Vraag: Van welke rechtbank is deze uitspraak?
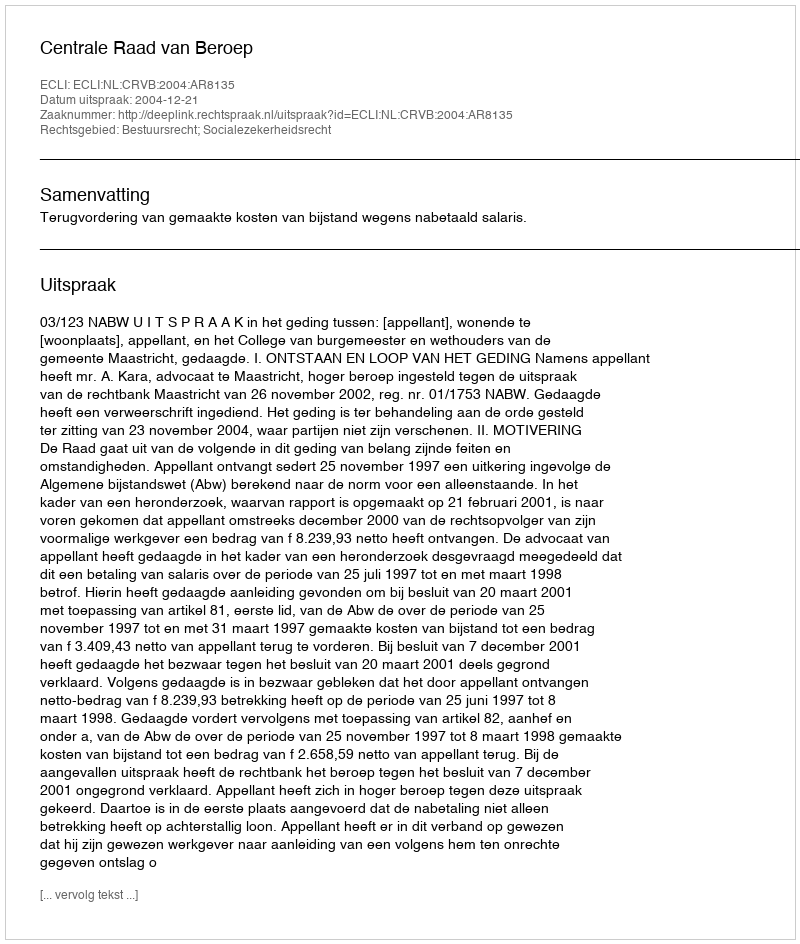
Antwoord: Centrale Raad van Beroep